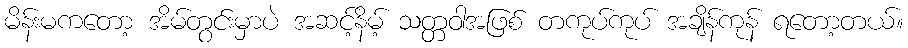
မိန်းမကတော့ အိမ်တွင်းမှာပဲ အဆင့်နိမ့် သတ္တဝါအဖြစ် တကုပ်ကုပ် အချိန်ကုန် ရတော့တယ်။